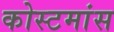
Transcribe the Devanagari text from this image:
कोस्टमांस